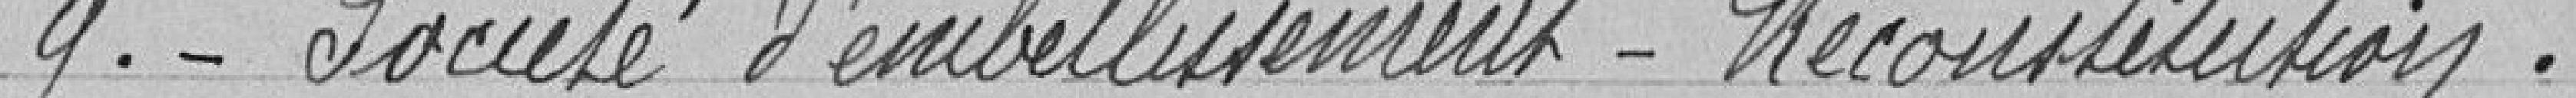
9. Société d'embellissement - Reconstitution.